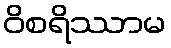
ဝိစရိဿာမ